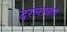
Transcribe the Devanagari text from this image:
दरलाघाट